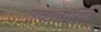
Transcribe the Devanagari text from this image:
उच्छ्वासित